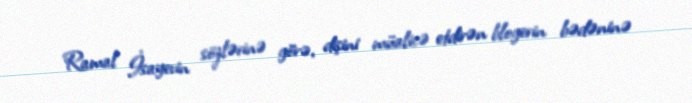
Ramal İsayevin sözlərinə görə, dişini müalicə etdirən blogerin bədəninə